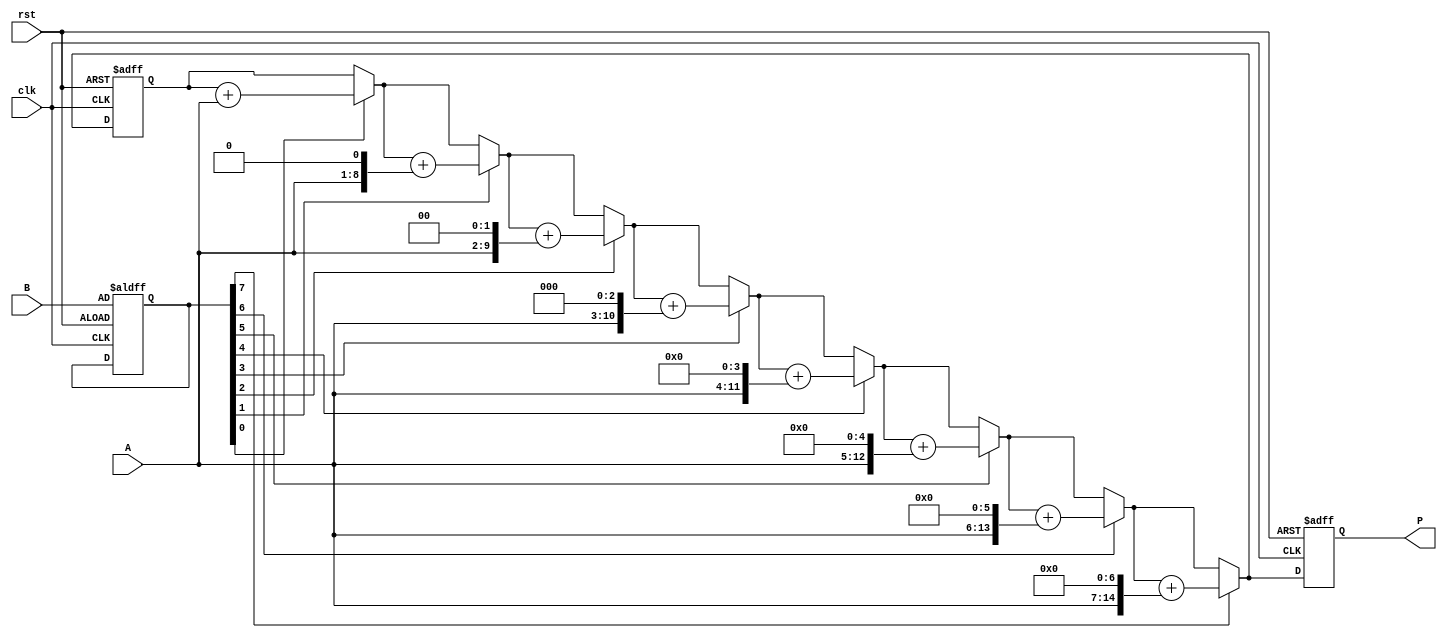
module radix2_multiplier #(
    parameter N = 8 // Bit-width of inputs A and B
) (
    input wire [N-1:0] A, // Multiplier
    input wire [N-1:0] B, // Multiplicand
    input wire clk,       // Clock signal
    input wire rst,       // Active high reset
    output reg [2*N-1:0] P // Product output
);

    reg [2*N-1:0] sum; // Intermediate sum for the product
    reg [N-1:0] b;     // Register for the multiplier B
    reg [2*N-1:0] temp; // Temporary storage for shifted A
    integer i;         // Loop counter

    always @(posedge clk or posedge rst) begin
        if (rst) begin
            P <= 0;         // Reset product to 0
            sum <= 0;      // Reset sum to 0
            b <= B;        // Load B into the register
        end else begin
            sum <= 0;       // Initialize sum
            for (i = 0; i < N; i = i + 1) begin
                if (b[i]) begin
                    // If the current bit of B is 1, add A shifted left by i
                    temp = A << i;
                    sum = sum + temp; // Accumulate the partial product
                end
            end
            P <= sum;          // Assign the accumulated sum to product output
        end
    end

endmodule